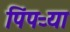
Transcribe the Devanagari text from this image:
पिंपऱ्या